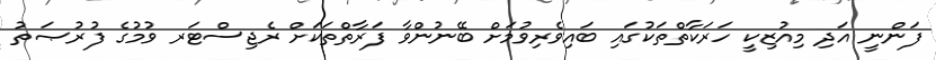
ފަންނީ އަދި މިއުޒިކީ ހަރަކާތްތަކުގައި ބައިވެރިވުމަށް ބޭނުންވާ ފަރާތްތަކަށް ރެޖިސްޓަރ ވުމުގެ ފުރުޞަތު